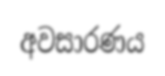
අවසාරණය